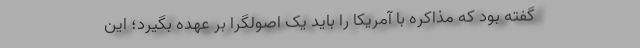
گفته بود که مذاکره با آمریکا را باید یک اصولگرا بر عهده بگیرد؛ این